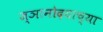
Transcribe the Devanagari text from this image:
ज्ञानोदयाच्या